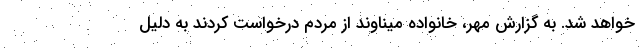
خواهد شد. به گزارش مهر، خانواده میناوند از مردم درخواست کردند به دلیل